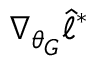
\nabla _ { \theta _ { G } } \hat { \ell } ^ { * }